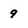
Character: 9